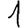
Digit: 1